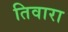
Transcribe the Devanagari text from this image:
तिवारा